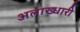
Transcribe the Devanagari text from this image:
अलाख्धारी